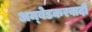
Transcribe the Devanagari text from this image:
अम्‍बेडकरवादी